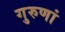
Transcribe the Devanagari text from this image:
गुरुणां